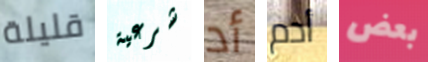
قليلة شرعية أد أدم بعض